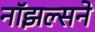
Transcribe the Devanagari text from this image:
नॉझल्सने